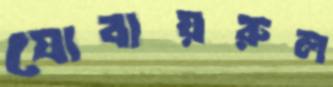
যোবায়রুল